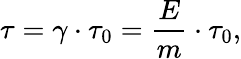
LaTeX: \tau=\gamma\cdot\tau_{0}=\frac{E}{m}\cdot\tau_{0},